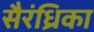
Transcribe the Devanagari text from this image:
सैरंध्रिका